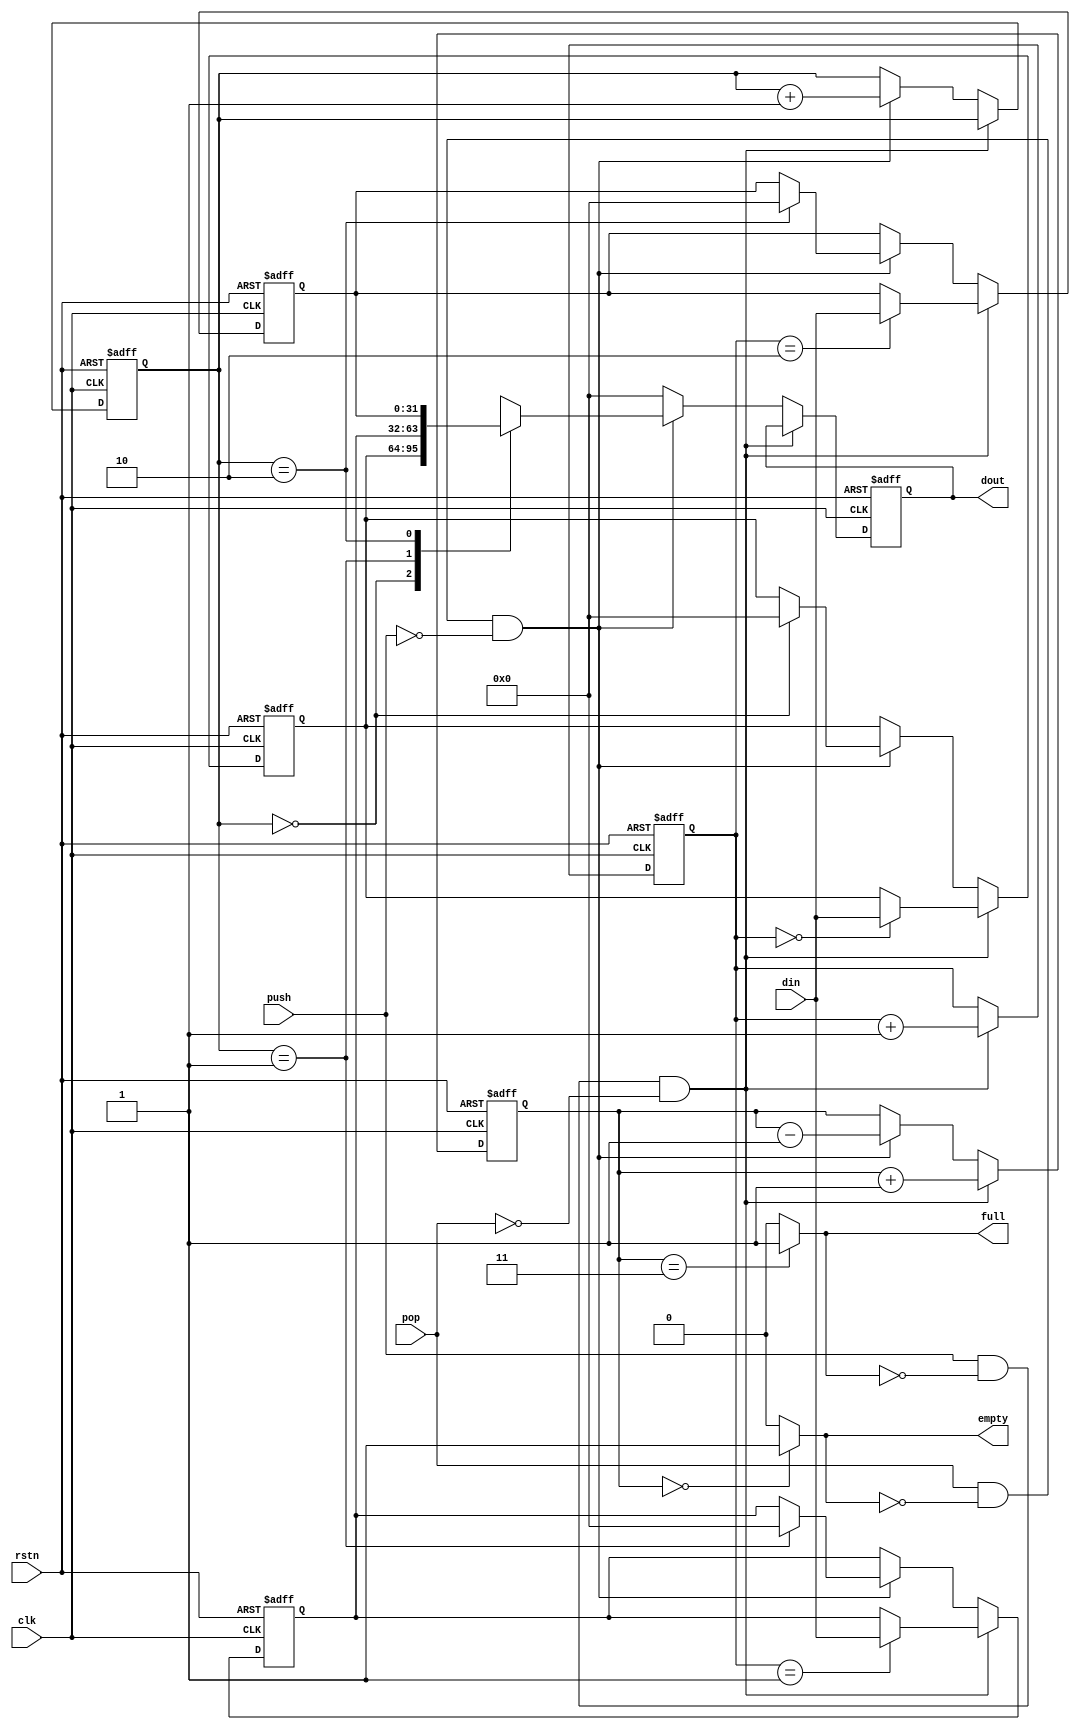
`timescale 1ns / 1ps


module fifo3(input clk,
            input rstn,
            input push,
            input [31:0] din,
            output full,
            input pop,
            output empty,
            output [31:0] dout
            );

reg [31:0] data[2:0];
reg [31:0] dout_reg;
reg [1:0] r_p;
reg [1:0] w_p;
reg [1:0] count;

assign dout = dout_reg;
assign full = (count==2'b11) ? 1'b1 : 1'b0;
assign empty = (count==2'b00) ? 1'b1 : 1'b0;

always @(posedge clk, negedge rstn)
begin
    if(rstn==1'b0)
    begin
        data[0]<=0;
        data[1]<=0;
        data[2]<=0;
        count<=0;
        r_p<=0;
        w_p<=0;
        dout_reg<=0;
    end
    else
    begin
        if(push && ~full && ~pop)
        begin
            w_p<=w_p+1;
            data[w_p]<=din;
            count<=count+1;
        end
        else if(pop && ~empty && ~push)
        begin
            r_p<=r_p+1;
            dout_reg<=data[r_p];
            data[r_p]<=0;
            count<=count-1;
        end
        else
        begin
            dout_reg<=0;
        end
    end
end



endmodule